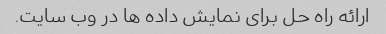
ارائه راه حل برای نمایش داده ها در وب سایت.